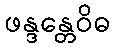
ဖန္ဒန္တေဝိဓ